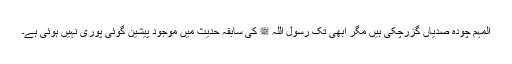
المہم چودہ صدیاں گزرچکی ہیں مگر ابھی تک رسول اللہ ﷺ کی سابقہ حدیث میں موجود پیشین گوئی پوری نہیں ہوئی ہے۔